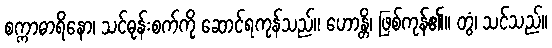
စက္ကာဓာရိနော၊ သင်ဓုန်းစက်ကို ဆောင်ရကုန်သည်။ ဟောန္တိ၊ ဖြစ်ကုန်၏။ တွံ၊ သင်သည်။